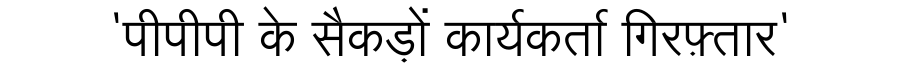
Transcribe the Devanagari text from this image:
'पीपीपी के सैकड़ों कार्यकर्ता गिरफ़्तार'